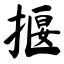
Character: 揠